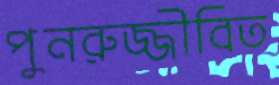
পুনরুজ্জীবিত